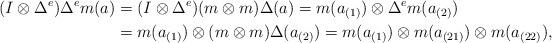
LaTeX: \begin{align*}(I\otimes \Delta^e)\Delta^em(a)&=(I\otimes \Delta^e)(m\otimes m)\Delta(a)=m(a_{(1)})\otimes \Delta^em(a_{(2)})\\&=m(a_{(1)})\otimes (m\otimes m)\Delta(a_{(2)})=m(a_{(1)})\otimes m(a_{(21)})\otimes m(a_{(22)}),\end{align*}